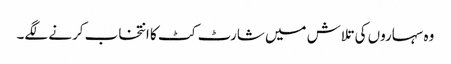
وہ سہاروں کی تلاش میں شارٹ کٹ کا انتخاب کرنے لگے۔